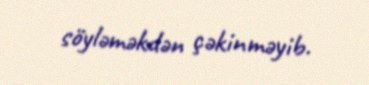
söyləməkdən çəkinməyib.